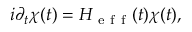
i \partial _ { t } \chi ( t ) = H _ { \mathrm { ~ e ~ f ~ f ~ } } ( t ) \chi ( t ) ,